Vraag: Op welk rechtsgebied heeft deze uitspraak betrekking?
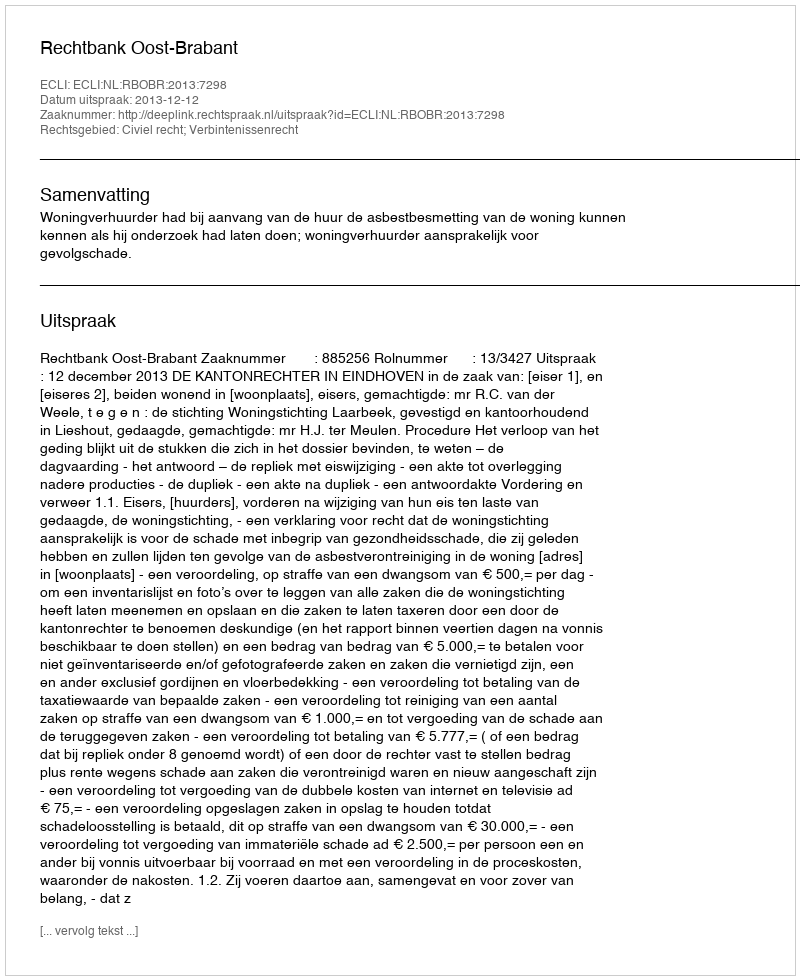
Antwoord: Civiel recht; Verbintenissenrecht